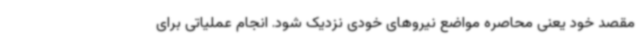
مقصد خود یعنی محاصره مواضع نیروهای خودی نزدیک شود. انجام عملیاتی برای